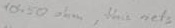
Text: 10450Ω, this nets